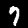
Digit: 7